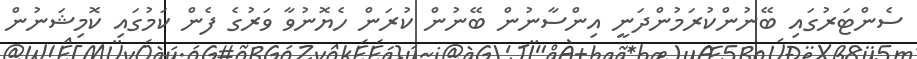
ސެންޓަރުގައި ބޭނުންކުރަމުންދަނީ އިންސާނުން ބޭނުން ކުރަން ހެޔޮނުވާ ވަރުގެ ފެން ކަމުގައި ކޮމިޝަނުން